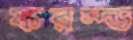
ফরম্ড